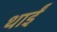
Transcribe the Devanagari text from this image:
थाईं